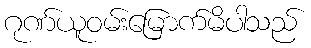
ဂုဏ်ယူဝမ်းမြောက်မိပါသည်